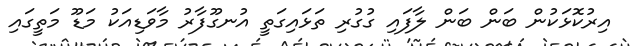
އިރުކޮޅަކުން ބަން ބަން ލާފައި ގުގުރި ތަޅައިގަތީ އުނގޫފާރު މާވަޑިއަކު މަޑޫ މަތީގައި